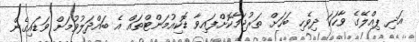
އަދި ޕިއްލޭގެ ވާހަކަ ދިވެހި ބަހަށް ތަރުޖަމާކޮށްފައިވާ ޑޮކިއުމަންޓްތައް އެ ބައްދަލުވުމަށް ވަޑައިގެން